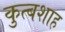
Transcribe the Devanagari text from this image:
कुत्बशाह